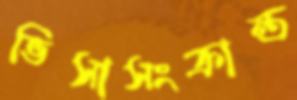
ভিসাসংক্রান্ত